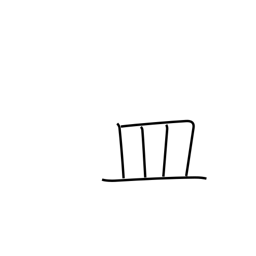
Meaning: dish